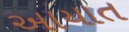
અાયાત